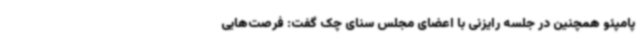
پامپئو همچنین در جلسه رایزنی با اعضای مجلس سنای چک گفت: فرصت‌هایی